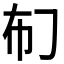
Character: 𱜡